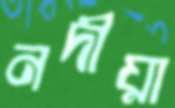
নদীয়া